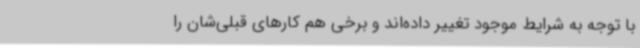
با توجه به شرایط موجود تغییر داده‌اند و برخی هم کارهای قبلی‌شان را